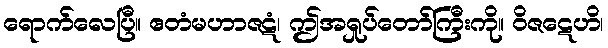
ရောက်လေပြီ။ ဧတံမဟာဇဋံ၊ ဤအရှုပ်တော်ကြီးကို။ ဝိဇဋေဟိ၊